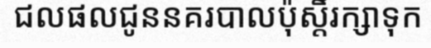
ជលផលជូននគរបាលប៉ុស្តិ៍រក្សាទុក